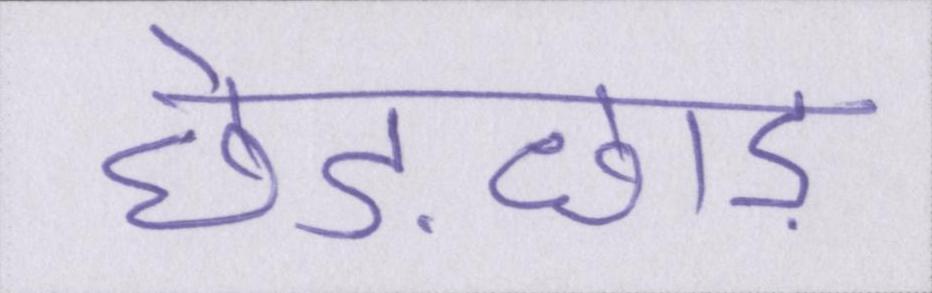
छेड़छाड़